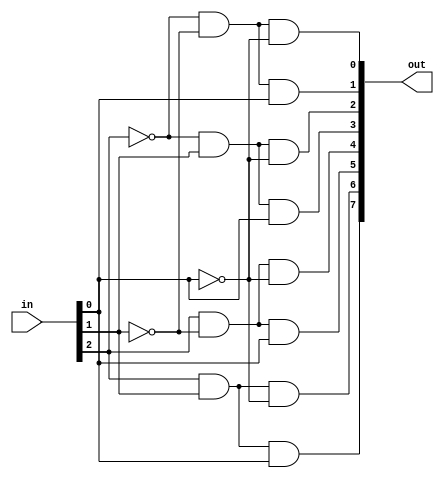
module decode3_8(in, out);
	input [2:0] in;
	output [7:0] out;

	wire[2:0] not_in;

	assign not_in[0] = ~in[0];
	assign not_in[1] = ~in[1];
	assign not_in[2] = ~in[2];

	assign out[0] = not_in[2] & not_in[1] & not_in[0];
	assign out[1] = not_in[2] & not_in[1] & in[0];
	assign out[2] = not_in[2] & in[1] 		& not_in[0];
	assign out[3] = not_in[2] & in[1] 		& in[0];
	assign out[4] = in[2]			& not_in[1] & not_in[0];
	assign out[5] = in[2] 		& not_in[1] & in[0];
	assign out[6] = in[2]			& in[1] 		& not_in[0];
	assign out[7] = in[2] 		& in[1] 		& in[0];

endmodule